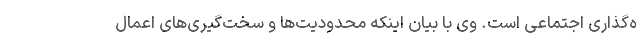
ه‌گذاری اجتماعی است. وی با بیان اینکه محدودیت‌ها و سخت‌گیری‌های اعمال